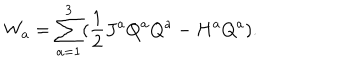
W _ { a } = \sum _ { a = 1 } ^ { 3 } ( \frac { 1 } { 2 } J ^ { a } Q ^ { a } Q ^ { a } - H ^ { a } Q ^ { a } ) .